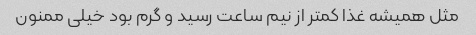
مثل همیشه غذا کمتر از نیم ساعت رسید و گرم بود خیلی ممنون